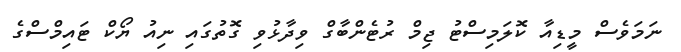
ނަމަވެސް މީޑިއާ ކޮލަމިސްޓު ޖިމް ރުޓެންބާގް ވިދާޅުވި ގޮތުގައި ނިއު ޔޯކް ޓައިމްސްގެ